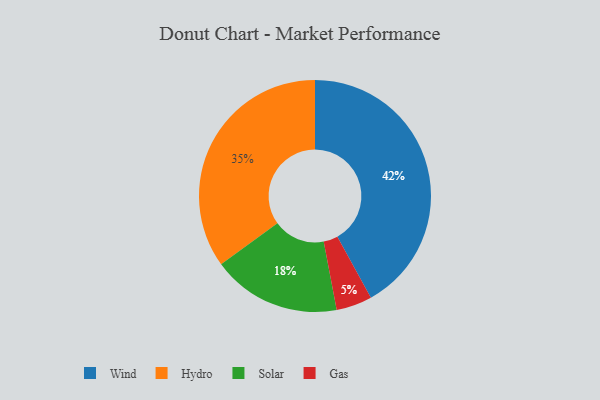
{"axis": {"x": "Category", "y": "Percentage"}, "legend": ["Gas", "Hydro", "Solar", "Wind"], "data": [{"x": "Wind", "y": 42, "type": "Wind"}, {"x": "Gas", "y": 5, "type": "Gas"}, {"x": "Hydro", "y": 35, "type": "Hydro"}, {"x": "Solar", "y": 18, "type": "Solar"}]}